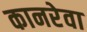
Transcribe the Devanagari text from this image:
कानरेवा